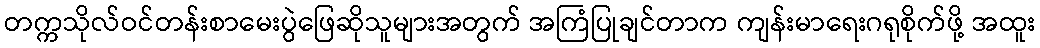
တက္ကသိုလ်ဝင်တန်းစာမေးပွဲဖြေဆိုသူများအတွက် အကြံပြုချင်တာက ကျန်းမာရေးဂရုစိုက်ဖို့ အထူး